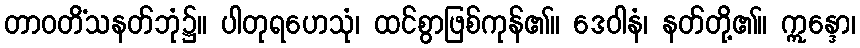
တာဝတိံသနတ်ဘုံ၌။ ပါတုရဟေသုံ၊ ထင်စွာဖြစ်ကုန်၏။ ဒေဝါနံ၊ နတ်တို့၏။ ဣန္ဒော၊